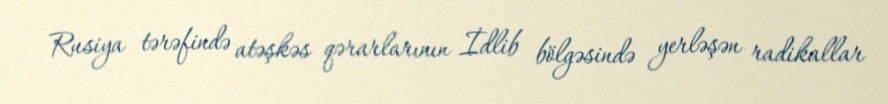
Rusiya tərəfində atəşkəs qərarlarının İdlib bölgəsində yerləşən radikallar